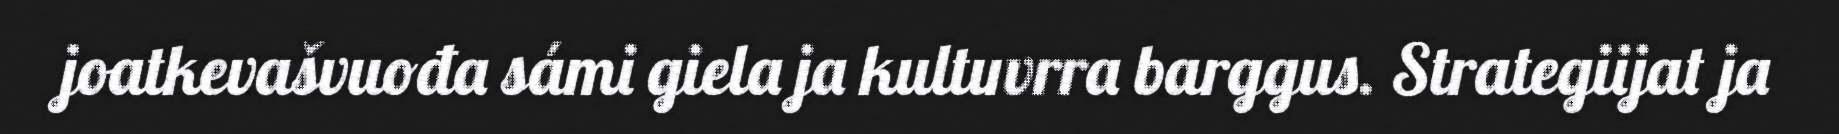
joatkevašvuođa sámi giela ja kultuvrra barggus. Strategiijat ja